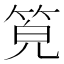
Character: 𥭨